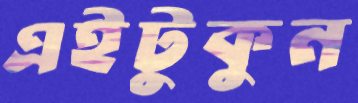
এইটুকুন